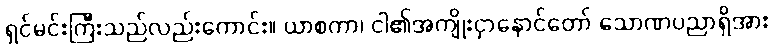
ရှင်မင်းကြီးသည်လည်းကောင်း။ ယာစကာ၊ ငါ၏အကျိုးငှာနောင်တော် သောဏပညာရှိအား